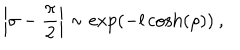
\left| \sigma - \displaystyle \frac { \pi } { 2 } \right| \sim \exp \left( - l \cosh \left( \rho \right) \right) \: ,